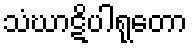
သံဃာဋိပါရုတော